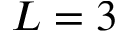
L = 3